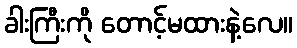
ခါးကြီးကို တောင့်မထားနဲ့လေ။